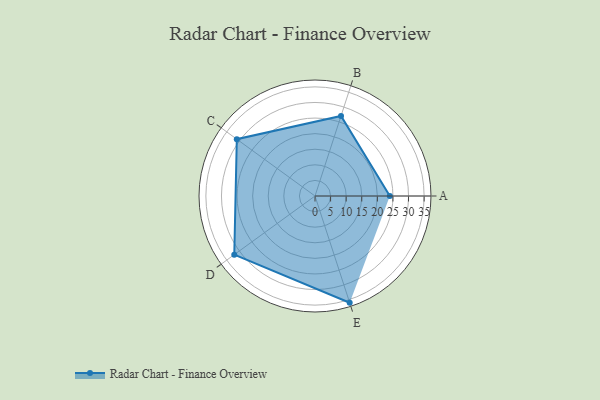
{"axis": {"x": "Skill", "y": "Score"}, "legend": ["Profile"], "data": [{"x": "A", "y": 24.0, "type": "Profile"}, {"x": "B", "y": 27.0, "type": "Profile"}, {"x": "C", "y": 31.0, "type": "Profile"}, {"x": "D", "y": 32.0, "type": "Profile"}, {"x": "E", "y": 36.0, "type": "Profile"}]}